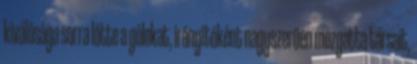
kiválósága sorra lőtte a gólokat, irányítóként nagyszerűen mozgatta társait,